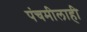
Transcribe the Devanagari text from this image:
पंचमीलाही